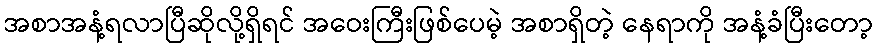
အစာအနံ့ရလာပြီဆိုလို့ရှိရင် အဝေးကြီးဖြစ်ပေမဲ့ အစာရှိတဲ့ နေရာကို အနံ့ခံပြီးတော့